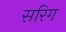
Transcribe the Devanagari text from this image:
सरिग